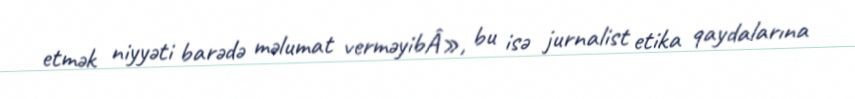
etmək niyyəti barədə məlumat verməyibÂ», bu isə jurnalist etika qaydalarına